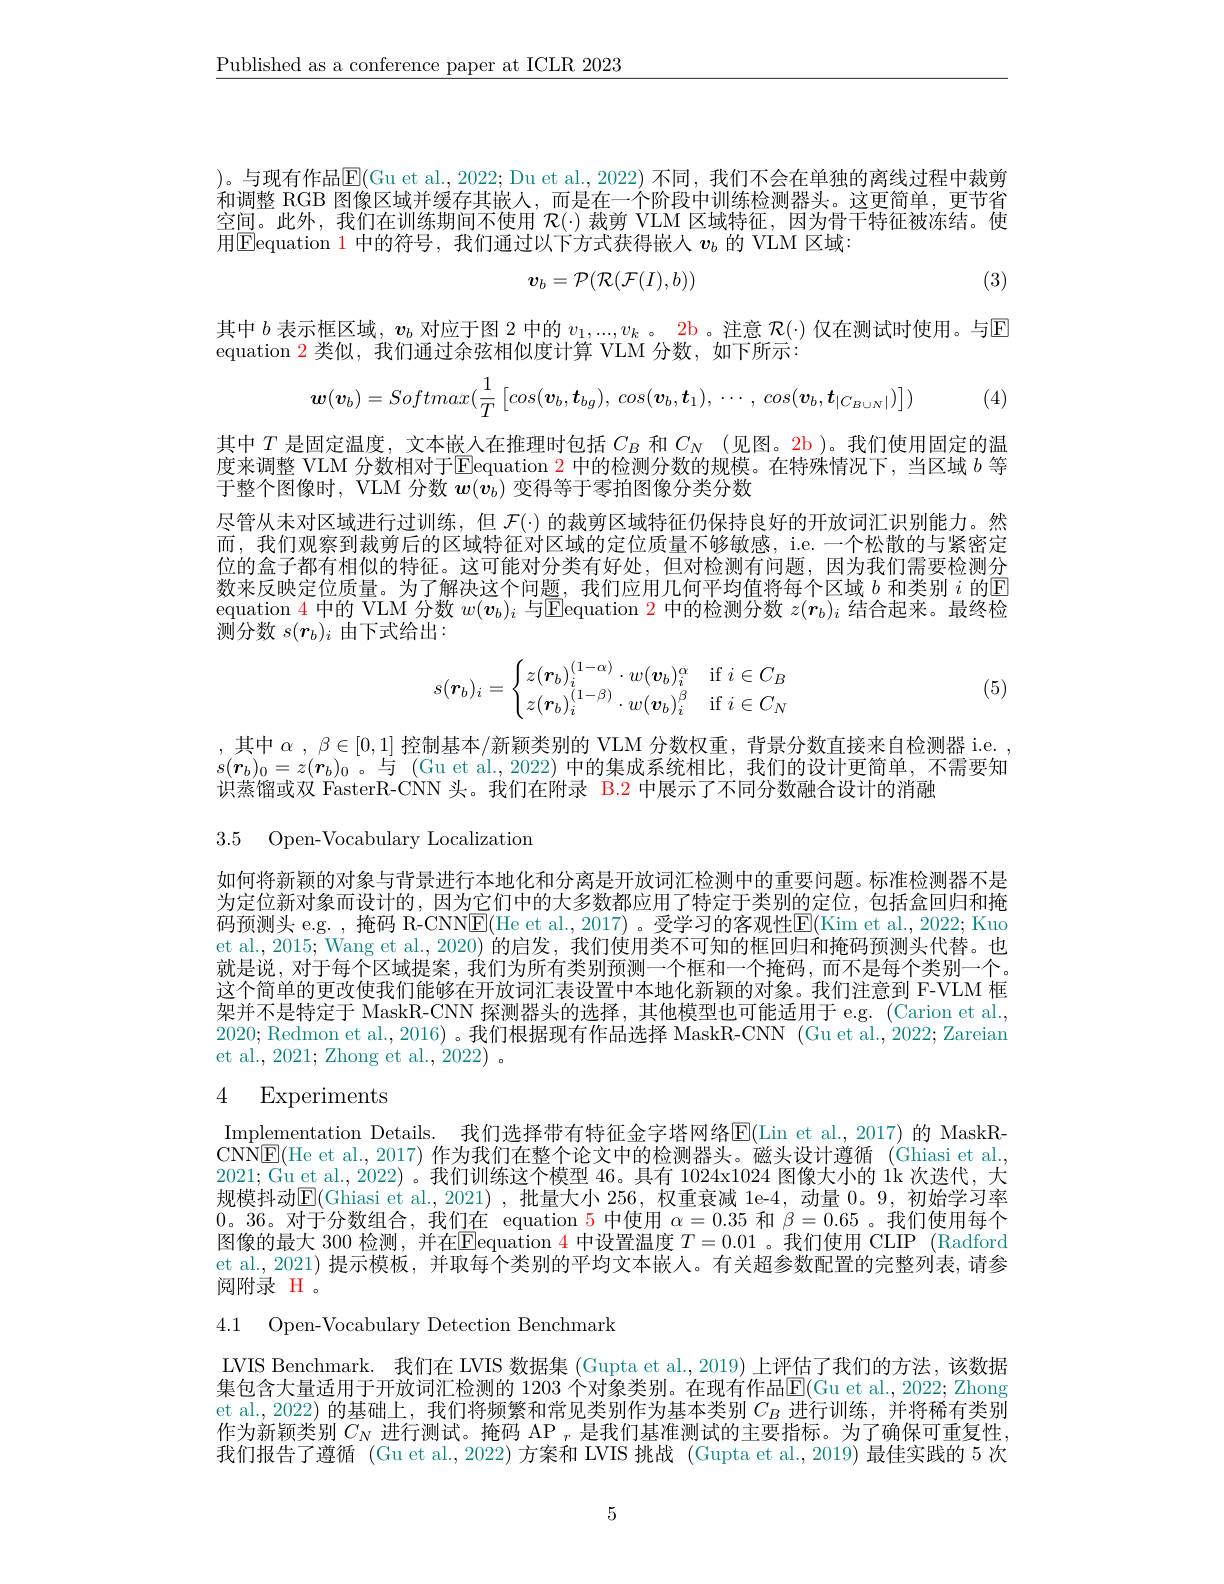
$\underline{\text{Published as a conference paper at ICLR 2023}}$

)。与现有作品$\mathbb{E}($Gu et al., 2022; Du et al., 2022) 不同，我们不会在单独的离线过程中裁剪和调整 RGB 图像区域并缓存其嵌人，而是在一个阶段中训练检测器头。这更简单，更节省空间。此外，我们在训练期间不使用$\mathcal{R}(\cdot)$裁剪 VLM 区域特征，因为骨干特征被冻结。使用$\boxed{\mathrm{E}}$equation 1 中的符号，我们通过以下方式获得嵌入 $v_b$ 的 VLM 区域：
$$\boldsymbol{v}_b=\mathcal{P}(\mathcal{R}(\mathcal{F}(I),b))$$
(3)

其中$b$表示框区域，$\boldsymbol{v}_b$对应于图 2 中的$v_1,...,v_k$ 。2b 。注意$\mathcal{R}(\cdot)$仅在测试时使用。与$\mathbb{E}$
equation 2 类似，我们通过余弦相似度计算 VLM 分数，如下所示：
$$\boldsymbol{w}(\boldsymbol{v}_b)=Softmax(\frac{1}{T}\begin{bmatrix}cos(\boldsymbol{v}_b,\boldsymbol{t}_{bg}),\:cos(\boldsymbol{v}_b,\boldsymbol{t}_1),\:\cdots,\:cos(\boldsymbol{v}_b,\boldsymbol{t}_{|C_{B\cup N}|})\end{bmatrix})$$
(4)

其中$T$是固定温度，文本嵌人在推理时包括$C_B$和$C_N$ (见图。2b)。我们使用固定的温度来调整 VLM 分数相对于$\boxed{\text{Eequation }2}$中的检测分数的规模。在特殊情况下，当区域$b$等于整个图像时，VLM 分数$w(\dot{v_b})$变得等于零拍图像分类分数

尽管从未对区域进行过训练，但$\mathcal{F}(\cdot)$的裁剪区域特征仍保持良好的开放词汇识别能力。然而，我们观察到裁剪后的区域特征对区域的定位质量不够敏感，i.e. 一个松散的与紧密定位的盒子都有相似的特征。这可能对分类有好处，但对检测有问题，因为我们需要检测分数来反映定位质量。为了解决这个问题，我们应用几何平均值将每个区域$b$和类别$i$的▣ equation $\color{red}{4}$中的 VLM 分数$w(\boldsymbol{v}_b)_i$与$\boxed{\text{Elequation }\color{red}2}$中的检测分数$z(\boldsymbol{r}_b)_i$结合起来。最终检$\hat{\text{测分数 }s(\boldsymbol{r}_b)}_i$ 由下式给出：
$$s(\boldsymbol{r}_b)_i=\begin{cases}z(\boldsymbol{r}_b)_i^{(1-\alpha)}\cdot w(\boldsymbol{v}_b)_i^\alpha&\text{if}i\in C_B\\z(\boldsymbol{r}_b)_i^{(1-\beta)}\cdot w(\boldsymbol{v}_b)_i^\beta&\text{if}i\in C_N\end{cases}$$
(5)

,其中$\alpha,\beta\in[0,1]$ 控制基本/新颖类别的 VLM 分数权重，背景分数直接来自检测器 i.e. , $s(\boldsymbol{r}_b)_0=z(\boldsymbol{r}_b)_0$。与(Gu et al., 2022) 中的集成系统相比，我们的设计更简单，不需要知识蒸馏或双 FasterR-CNN 头。我们在附录 B.2 中展示了不同分数融合设计的消融

3.5 Open-Vocabulary Localization

如何将新颖的对象与背景进行本地化和分离是开放词汇检测中的重要问题。标准检测器不是为定位新对象而设计的，因为它们中的大多数都应用了特定于类别的定位，包括盒回归和掩码预测头 e.g. , 掩码 R-CNN$\boxed{\mathrm{E}}($He et al., 2017) 。受学习的客观性$\boxed{\mathrm{E}}($Kim et al., 2022; Kuo et al., 2015; Wang et al., 2020) 的启发，我们使用类不可知的框回归和掩码预测头代替。也就是说，对于每个区域提案，我们为所有类别预测一个框和一个掩码，而不是每个类别一个。这个简单的更改使我们能够在开放词汇表设置中本地化新颖的对象。我们注意到 F-VLM 框架并不是特定于 MaskR-CNN 探测器头的选择，其他模型也可能适用于 e.g. (Carion et al., 2020; Redmon et al., 2016) 。我们根据现有作品选择 MaskR-CNN (Gu et al., 2022; Zareian et al., 2021; Zhong et al., 2022) .

# 4 Experiments

Implementation Details. 我们选择带有特征金字塔网络E(Lin et al.,2017) 的 MaskRCNN$\underline{\mathrm{E}}($He et al., 2017) 作为我们在整个论文中的检测器头。磁头设计遵循 (Ghiasi et al. 2021; Gu et al., 2022)。我们训练这个模型 46。具有 1024x1024 图像大小的 1k 次迭代，大规模抖动$\mathbb{E}($Ghiasi et al.,2021) ,批量大小 256, 权重衰减 le-4, 动量 0。9, 初始学习率0。36。对于分数组合，我们在 equation 5 中使用$\alpha=0.35$和$\beta=0.65$ 。我们使用每个图像的最大 300 检测，并在$\overline{\text{E}}$equation 4 中设置温度 $T=0.01$ 。我们使用 CLIP (Radford et al., 2021) 提示模板，并取每个类别的平均文本嵌人。有关超参数配置的完整列表，请参阅附录 H 。

4.1 Open-Vocabulary Detection Benchmark

LVIS Benchmark. 我们在 LVIS 数据集 (Gupta et al.,2019)上评估了我们的方法，该数据集包含大量适用于开放词汇检测的 1203 个对象类别。在现有作品$\mathbb{E}($Gu et al., 2022; Zhong et al., 2022) 的基础上，我们将频繁和常见类别作为基本类别$C_B$进行训练，并将稀有类别作为新颖类别$C_N$进行测试。掩码 AP $_r$是我们基准测试的主要指标。为了确保可重复性， 我们报告了遵循 (Gu et al.,2022) 方案和 LVIS 挑战 (Gupta et al.,2019) 最佳实践的 5 次

5